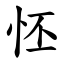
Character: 怌